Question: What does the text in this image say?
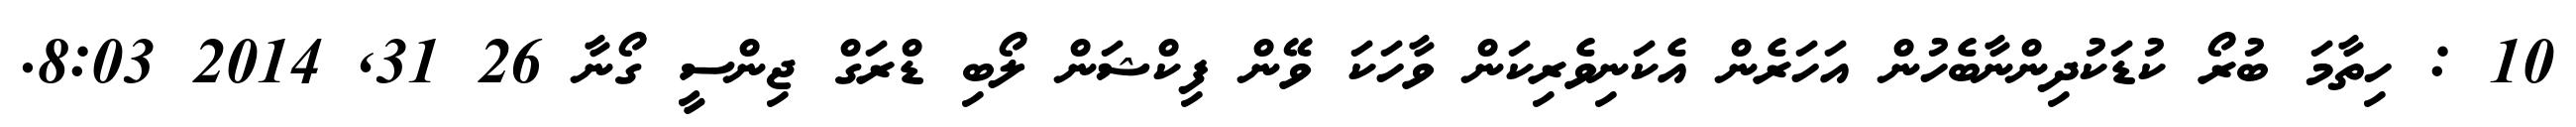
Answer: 10 : ހިތާމަ ބުރޯ ކުޑަކުދިންނާބެހުން އަހަރެން އެކަނިވެރިކަން ވާހަކަ ވޭން ފިކްޝަން ލޯބި ޑްރަގް ޖިންސީ ގޯނާ 26 31, 2014 8:03.